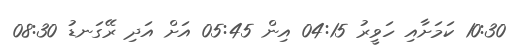
10:30 ކަމަށާއި ހަވީރު 04:15 އިން 05:45 އަށް އަދި ރޭގަނޑު 08:30